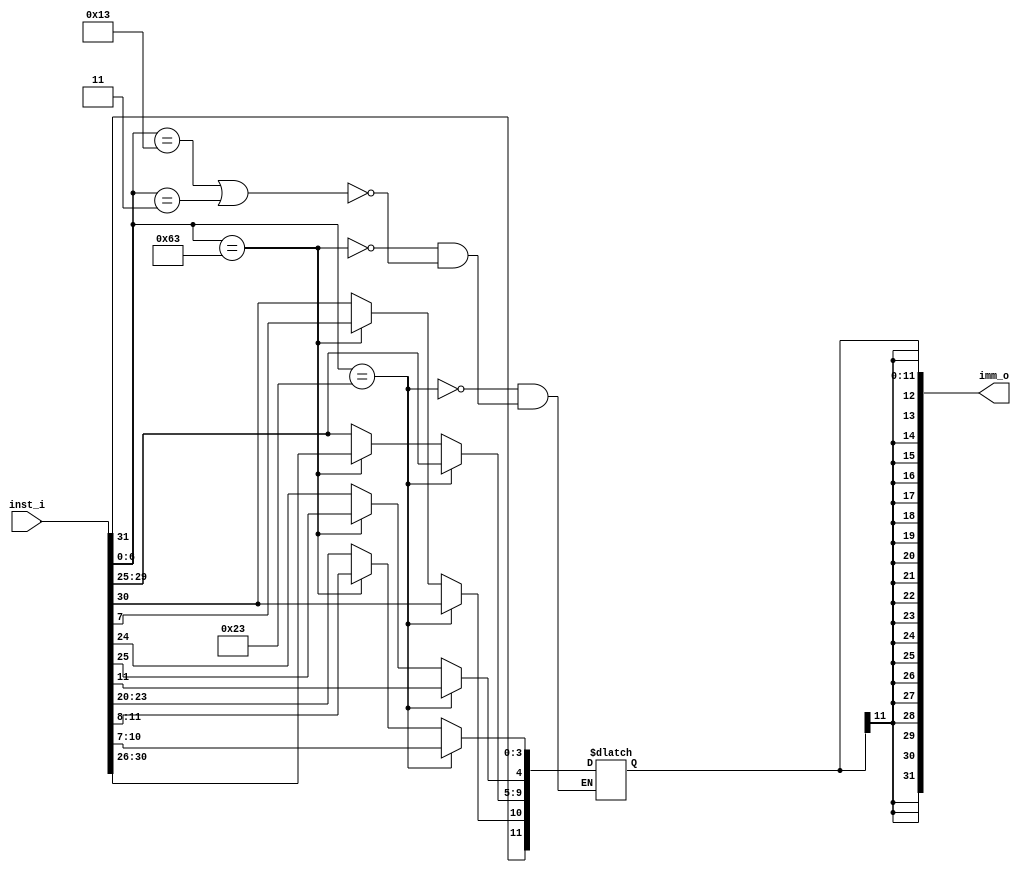
module Sign_Extend(
    inst_i,
	imm_o
);

// Ports
input  [31 : 0] inst_i;
output [31 : 0] imm_o;

parameter Addi = 7'b0010011;
parameter Lw = 7'b0000011;
parameter Sw = 7'b0100011;
parameter Beq = 7'b1100011;

reg [11 : 0] imm_reg;
assign imm_o = {{20{imm_reg[11]}} , imm_reg[11 : 0]};

always @(inst_i)
begin
    if (inst_i[6:0] == Addi || inst_i[6:0] == Lw) 
    begin
        imm_reg <= inst_i[31 : 20];
    end
    if (inst_i[6:0] == Sw)
    begin
         imm_reg[11:5] <= inst_i[31 : 25];
         imm_reg[4:0] <= inst_i[11 : 7];
    end
    else if (inst_i[6:0] == Beq)
    begin
        imm_reg[3:0] <= inst_i[11 : 8];
        imm_reg[10] <= inst_i[7];
        imm_reg[9:4] <= inst_i[30 : 25];
        imm_reg[11] <= inst_i[31];
    end
end

endmodule